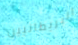
البريطانيين